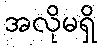
အလိုမရှိ